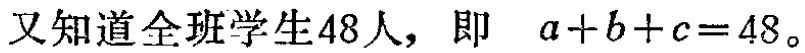
又知道全班学生48人，即 \(a + b + c = 48\)。